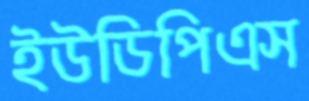
ইউডিপিএস